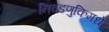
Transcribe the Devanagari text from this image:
निवडणुकिमधे